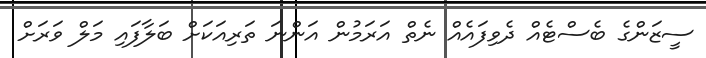
ސީޒަންގެ ބެސްޓެއް ދެވިފައެެއް ނެތް އަރަމުން އަންނަ ތަރިއަކަށް ބަލާފައި މަލް ވަރަށް